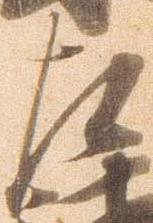
左